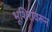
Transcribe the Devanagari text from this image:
भूशिरावरून